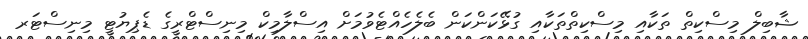
ޝާބިލް މިސްކިތް ތަކާއި މިސްކިތްތަކާއި ގުޅޭކަންކަން ބެލެހެއްޓެވުމަށް އިސްލާމިކް މިނިސްޓްރީގެ ޑެޕިޔުޓީ މިނިސްޓަރ